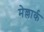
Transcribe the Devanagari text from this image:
मेल्लार्क